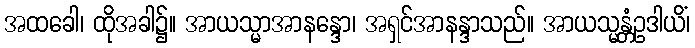
အထခေါ၊ ထိုအခါ၌။ အာယသ္မာအာနန္ဒော၊ အရှင်အာနန္ဒာသည်။ အာယသ္မန္တံဥဒါယိံ၊